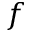
f